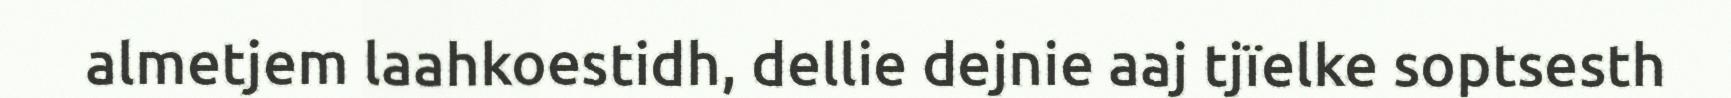
almetjem laahkoestidh, dellie dejnie aaj tjïelke soptsesth